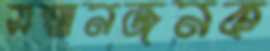
সম্মানজনক